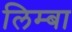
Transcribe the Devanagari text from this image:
लिम्बा